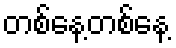
တစ်နေ့တစ်နေ့